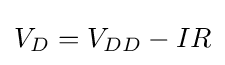
V_{D}=V_{DD}-IR